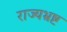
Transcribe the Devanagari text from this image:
राज्यभ्रष्ट